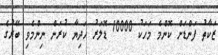
ޒަކާތު ފަންޑަށް ކޮންމެ މަހަކު 10000 ޑޮލަރު ހަދިޔާ ކުރަން ނިންމެވި ބޭރުގެ